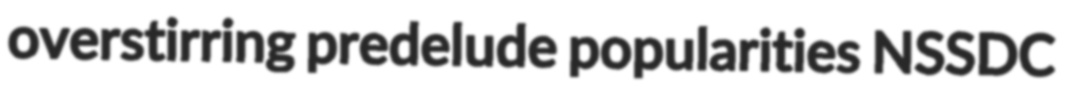
overstirring predelude popularities NSSDC